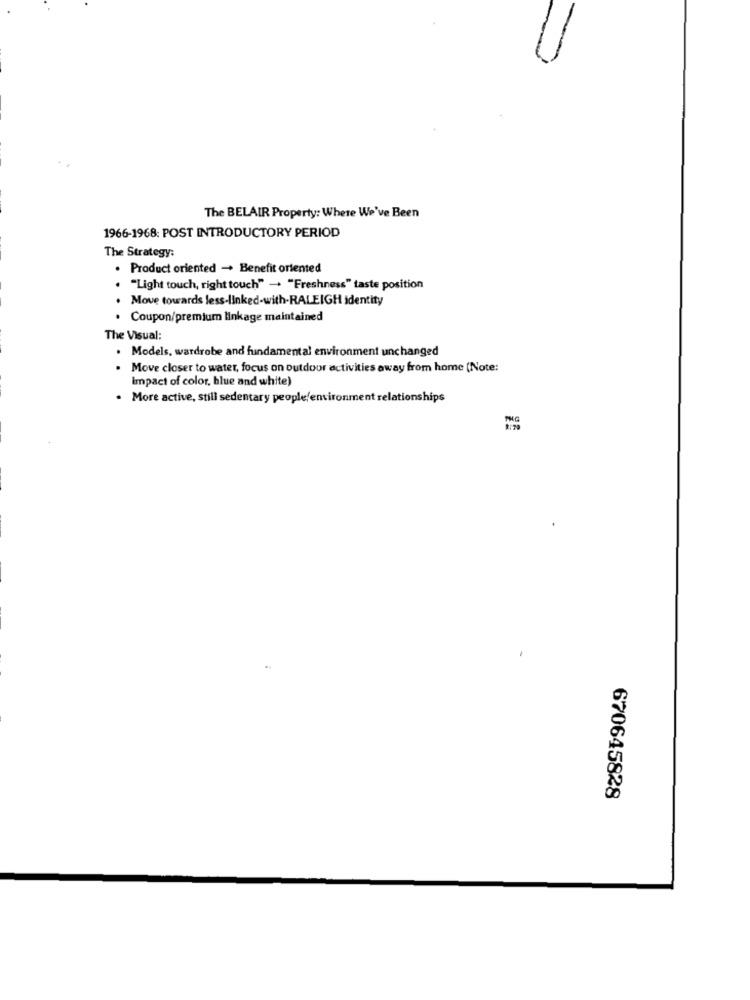
The BELAIR Property: Where We've Been
1966-1968: POST INTRODUCTORY PERIOD
The Strategy:
Product oriented - Benefit oriented
"Light touch, right touch" - "Freshness" taste position
Move towards less-linked-with-RALEIGH identity
· Coupon/premium linkage maintained
The Visual:
· Models, wardrobe and fundamental environment unchanged
Move closer to water, focus on outdoor activities away from home (Note:
Impact of color, blue and white)
. More active, still sedentary people/environment relationships
670645828